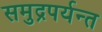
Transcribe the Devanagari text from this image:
समुद्रपर्यन्त